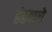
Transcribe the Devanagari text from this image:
द्वंद्ववाले